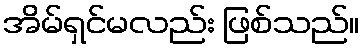
အိမ်ရှင်မလည်း ဖြစ်သည်။